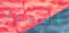
الضجة